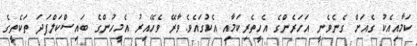
ކަމާއިއެކު ގެއަށް ގެނެވެނީ އަހަރެންގެ އެހީތެރިކަމާއި އެކުގައެވެ.ވާރޭ ވެހޭއިރު އެމީހުންގެ ބައިސްކަލްފަދަ ތަކެތީގެ